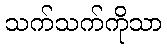
သက်သက်ကိုသာ